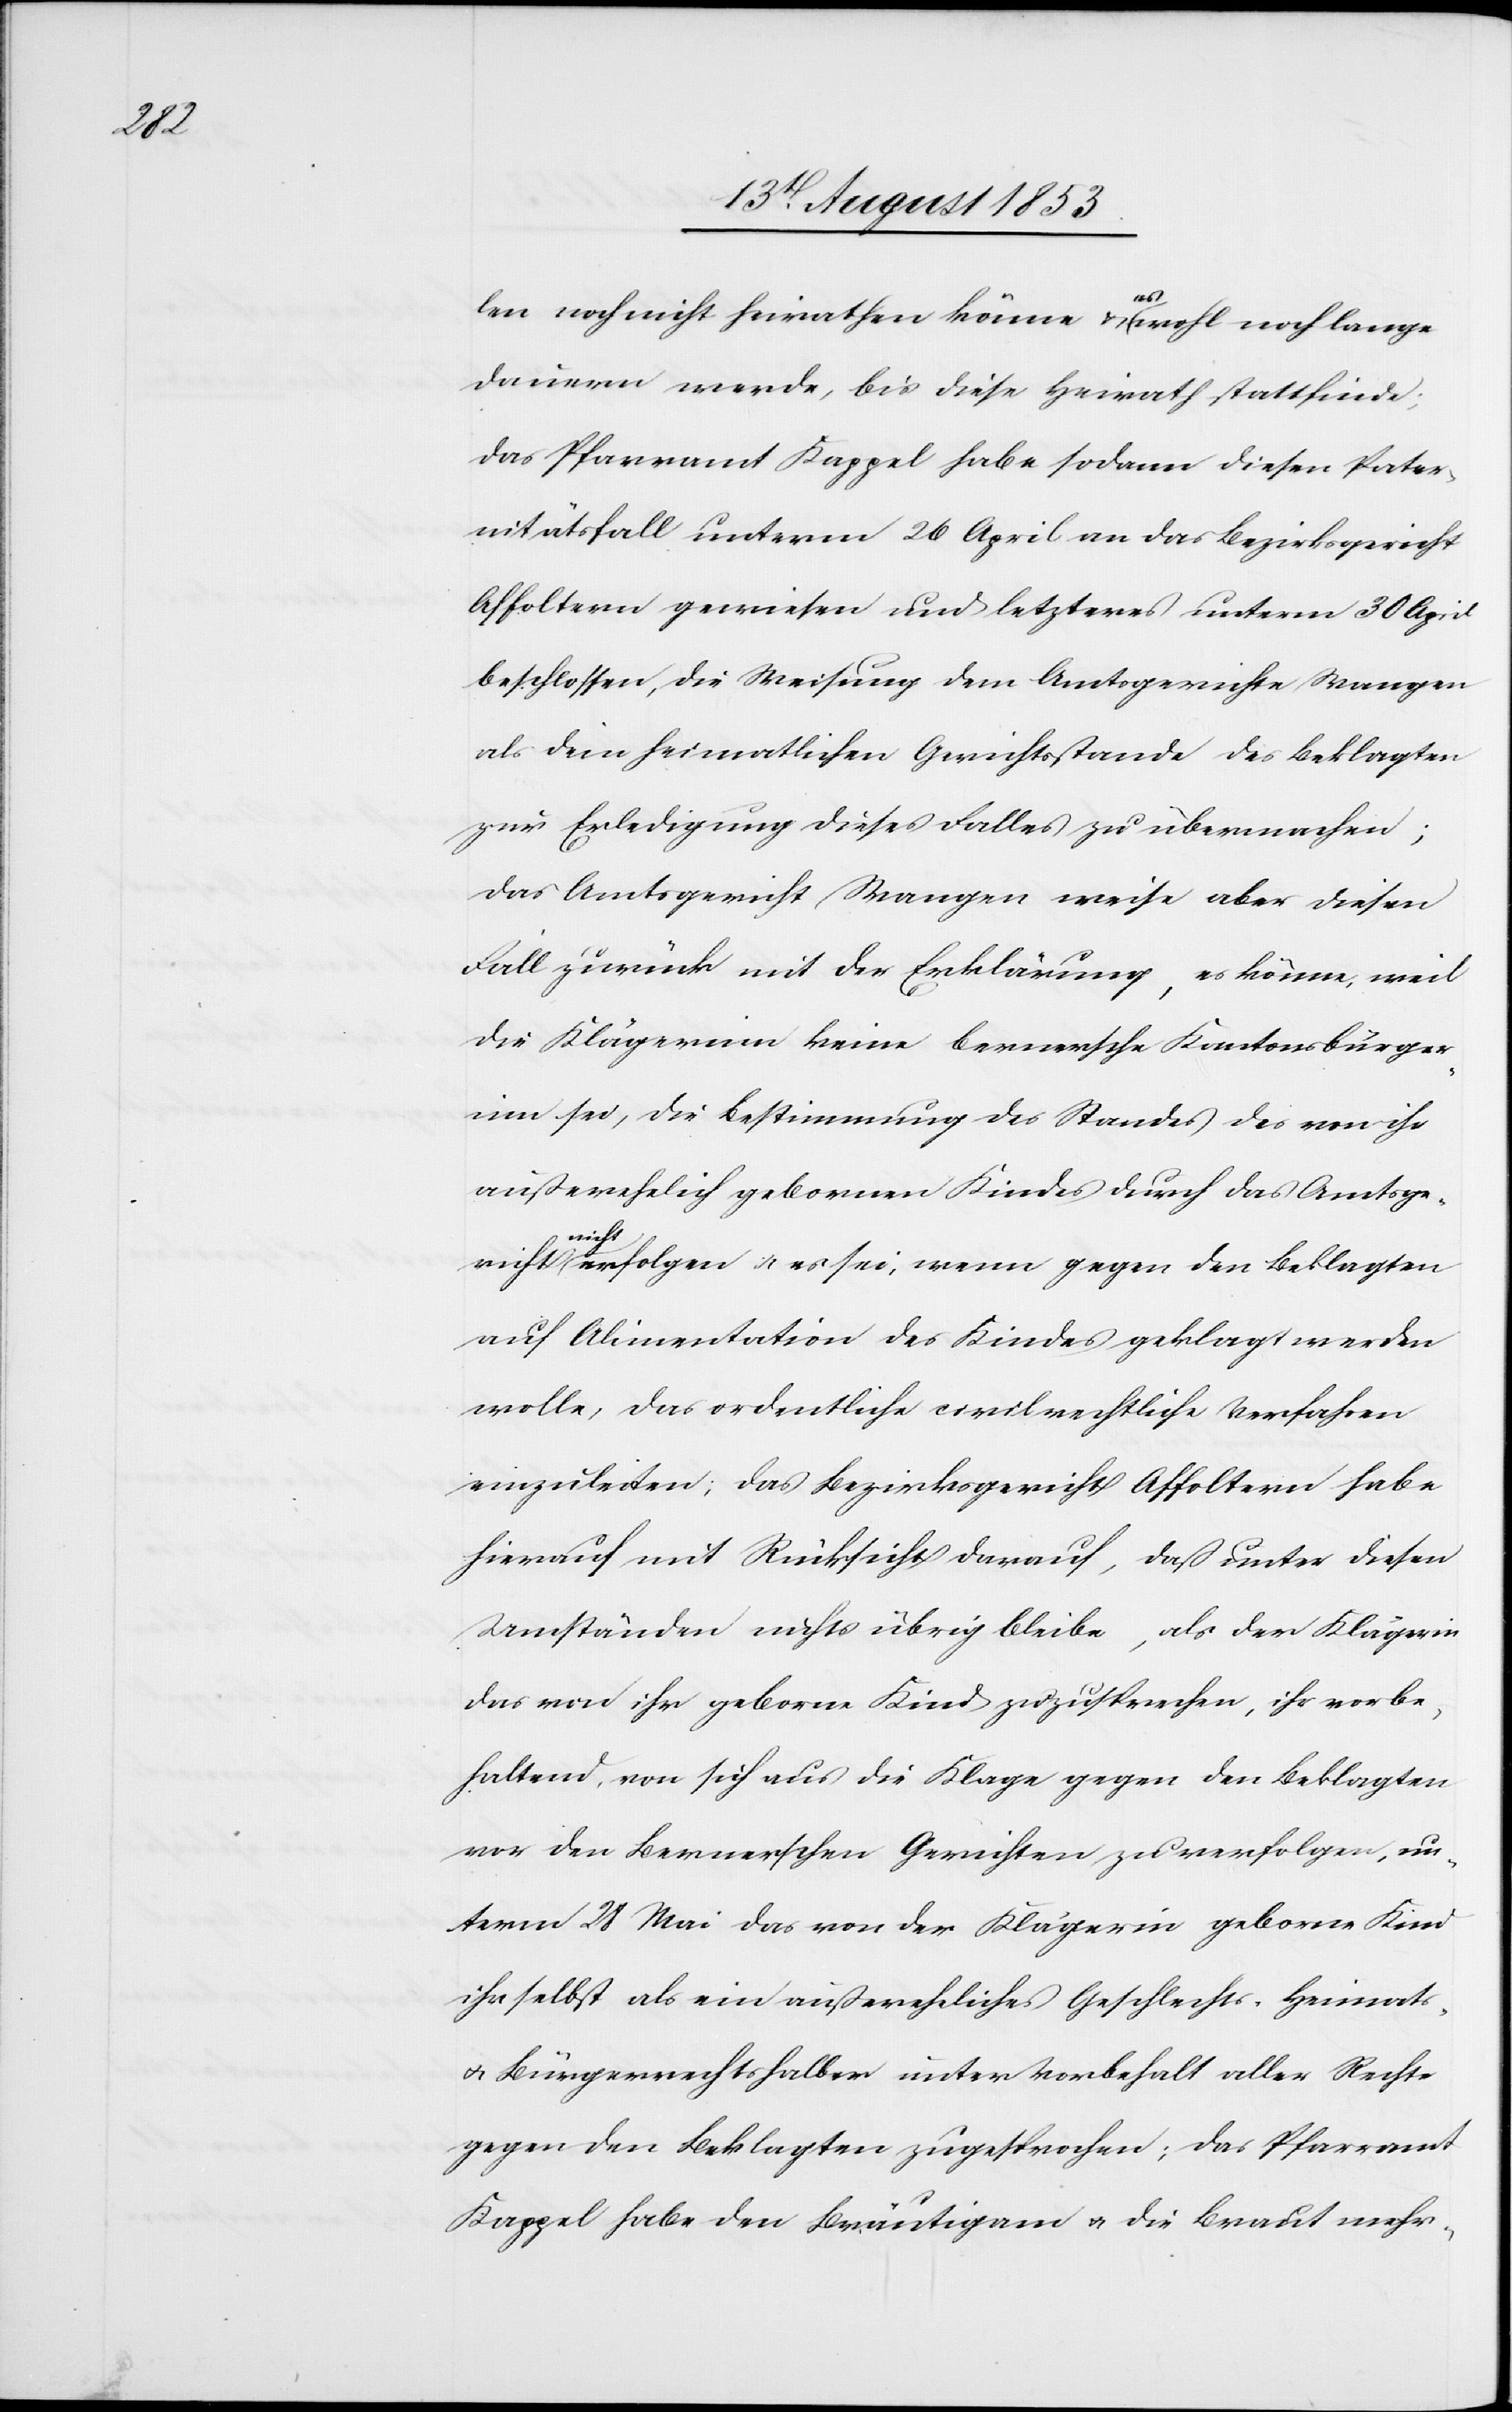
len noch nicht heirathen könne u. es wohl noch lange
dauern werde, bis diese Heirath stattfinde;
das Pfarramt Kappel habe sodann diesen Pater¬
nitätsfall unterm 26 April an das Bezirksgericht
Affoltern gewiesen und letzteres unterm 30 April
beschlossen, die Weisung dem Amtsgerichte Wangen
als dem heimatlichen Gerichtsstande des Beklagten
zur Erledigung dieses Falles zu übermachen;
das Amtsgericht Wangen weise aber diesen
Fall zurück mit der Erklärung, es könne, weil
die Klägerinn keine bernersche Kantonsbürger¬
in sei, die Bestimmung des Standes des von ihr
außerehelich gebornen Kindes durch das Amtsge¬
richt
nicht erfolgen u. es sei, wenn gegen den Beklagten
auf Alimentation des Kindes geklagt werden
wolle, das ordentliche civilgerichtliche Verfahren
einzuleiten; das Bezirksgericht Affoltern habe
hierauf mit Rücksicht darauf, daß unter diesen
Umständen nichts übrig bleibe, als der Klägerin
das von ihr geborne Kind zuzusprechen, ihr vorbe¬
haltend, von sich aus die Klage gegen den Beklagten
vor den Bernerschen Gerichten zu verfolgen, un¬
term 28 Mai das von der Klägerin geborne Kind
ihr selbst als ein außereheliches Geschlechts- Heimats-
u. Bürgerrechtshalber unter Vorbehalt aller Rechte
gegen den Beklagten zugesprochen; das Pfarramt
Kappel habe den Bräutigam u. die Braut mehr-